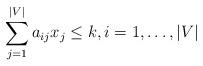
LaTeX: \begin{align*}\sum\limits_{j = 1}^{|V|} {a_{ij} x_j } \le k,i = 1, \ldots ,|V|\end{align*}